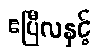
ဧပြီလနှင့်